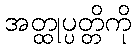
အတ္ထုပ္ပတ္တိကို